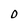
Character: O